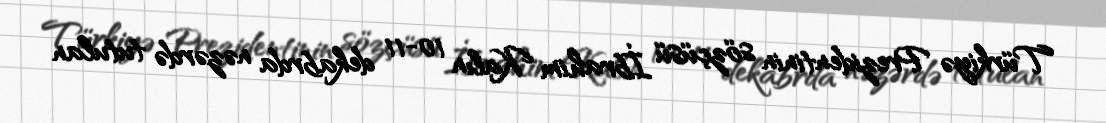
Türkiyə Prezidentinin sözçüsü İbrahim Kalın 10-11 dekabrda nəzərdə tutulan